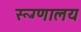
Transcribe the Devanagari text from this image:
रूग्‍णालय